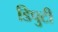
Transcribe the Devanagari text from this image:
डिपुटी